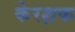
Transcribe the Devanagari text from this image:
केरक्षक